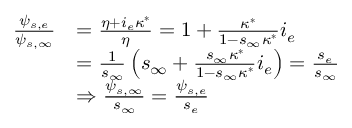
\begin{array} { r l } { \frac { \psi _ { s , e } } { \psi _ { s , \infty } } } & { = \frac { \eta + i _ { e } \kappa ^ { * } } { \eta } = 1 + \frac { \kappa ^ { * } } { 1 - s _ { \infty } \kappa ^ { * } } i _ { e } } \\ & { = \frac { 1 } { s _ { \infty } } \left( s _ { \infty } + \frac { s _ { \infty } \kappa ^ { * } } { 1 - s _ { \infty } \kappa ^ { * } } i _ { e } \right) = \frac { s _ { e } } { s _ { \infty } } } \\ & { \Rightarrow \frac { \psi _ { s , \infty } } { s _ { \infty } } = \frac { \psi _ { s , e } } { s _ { e } } } \end{array}